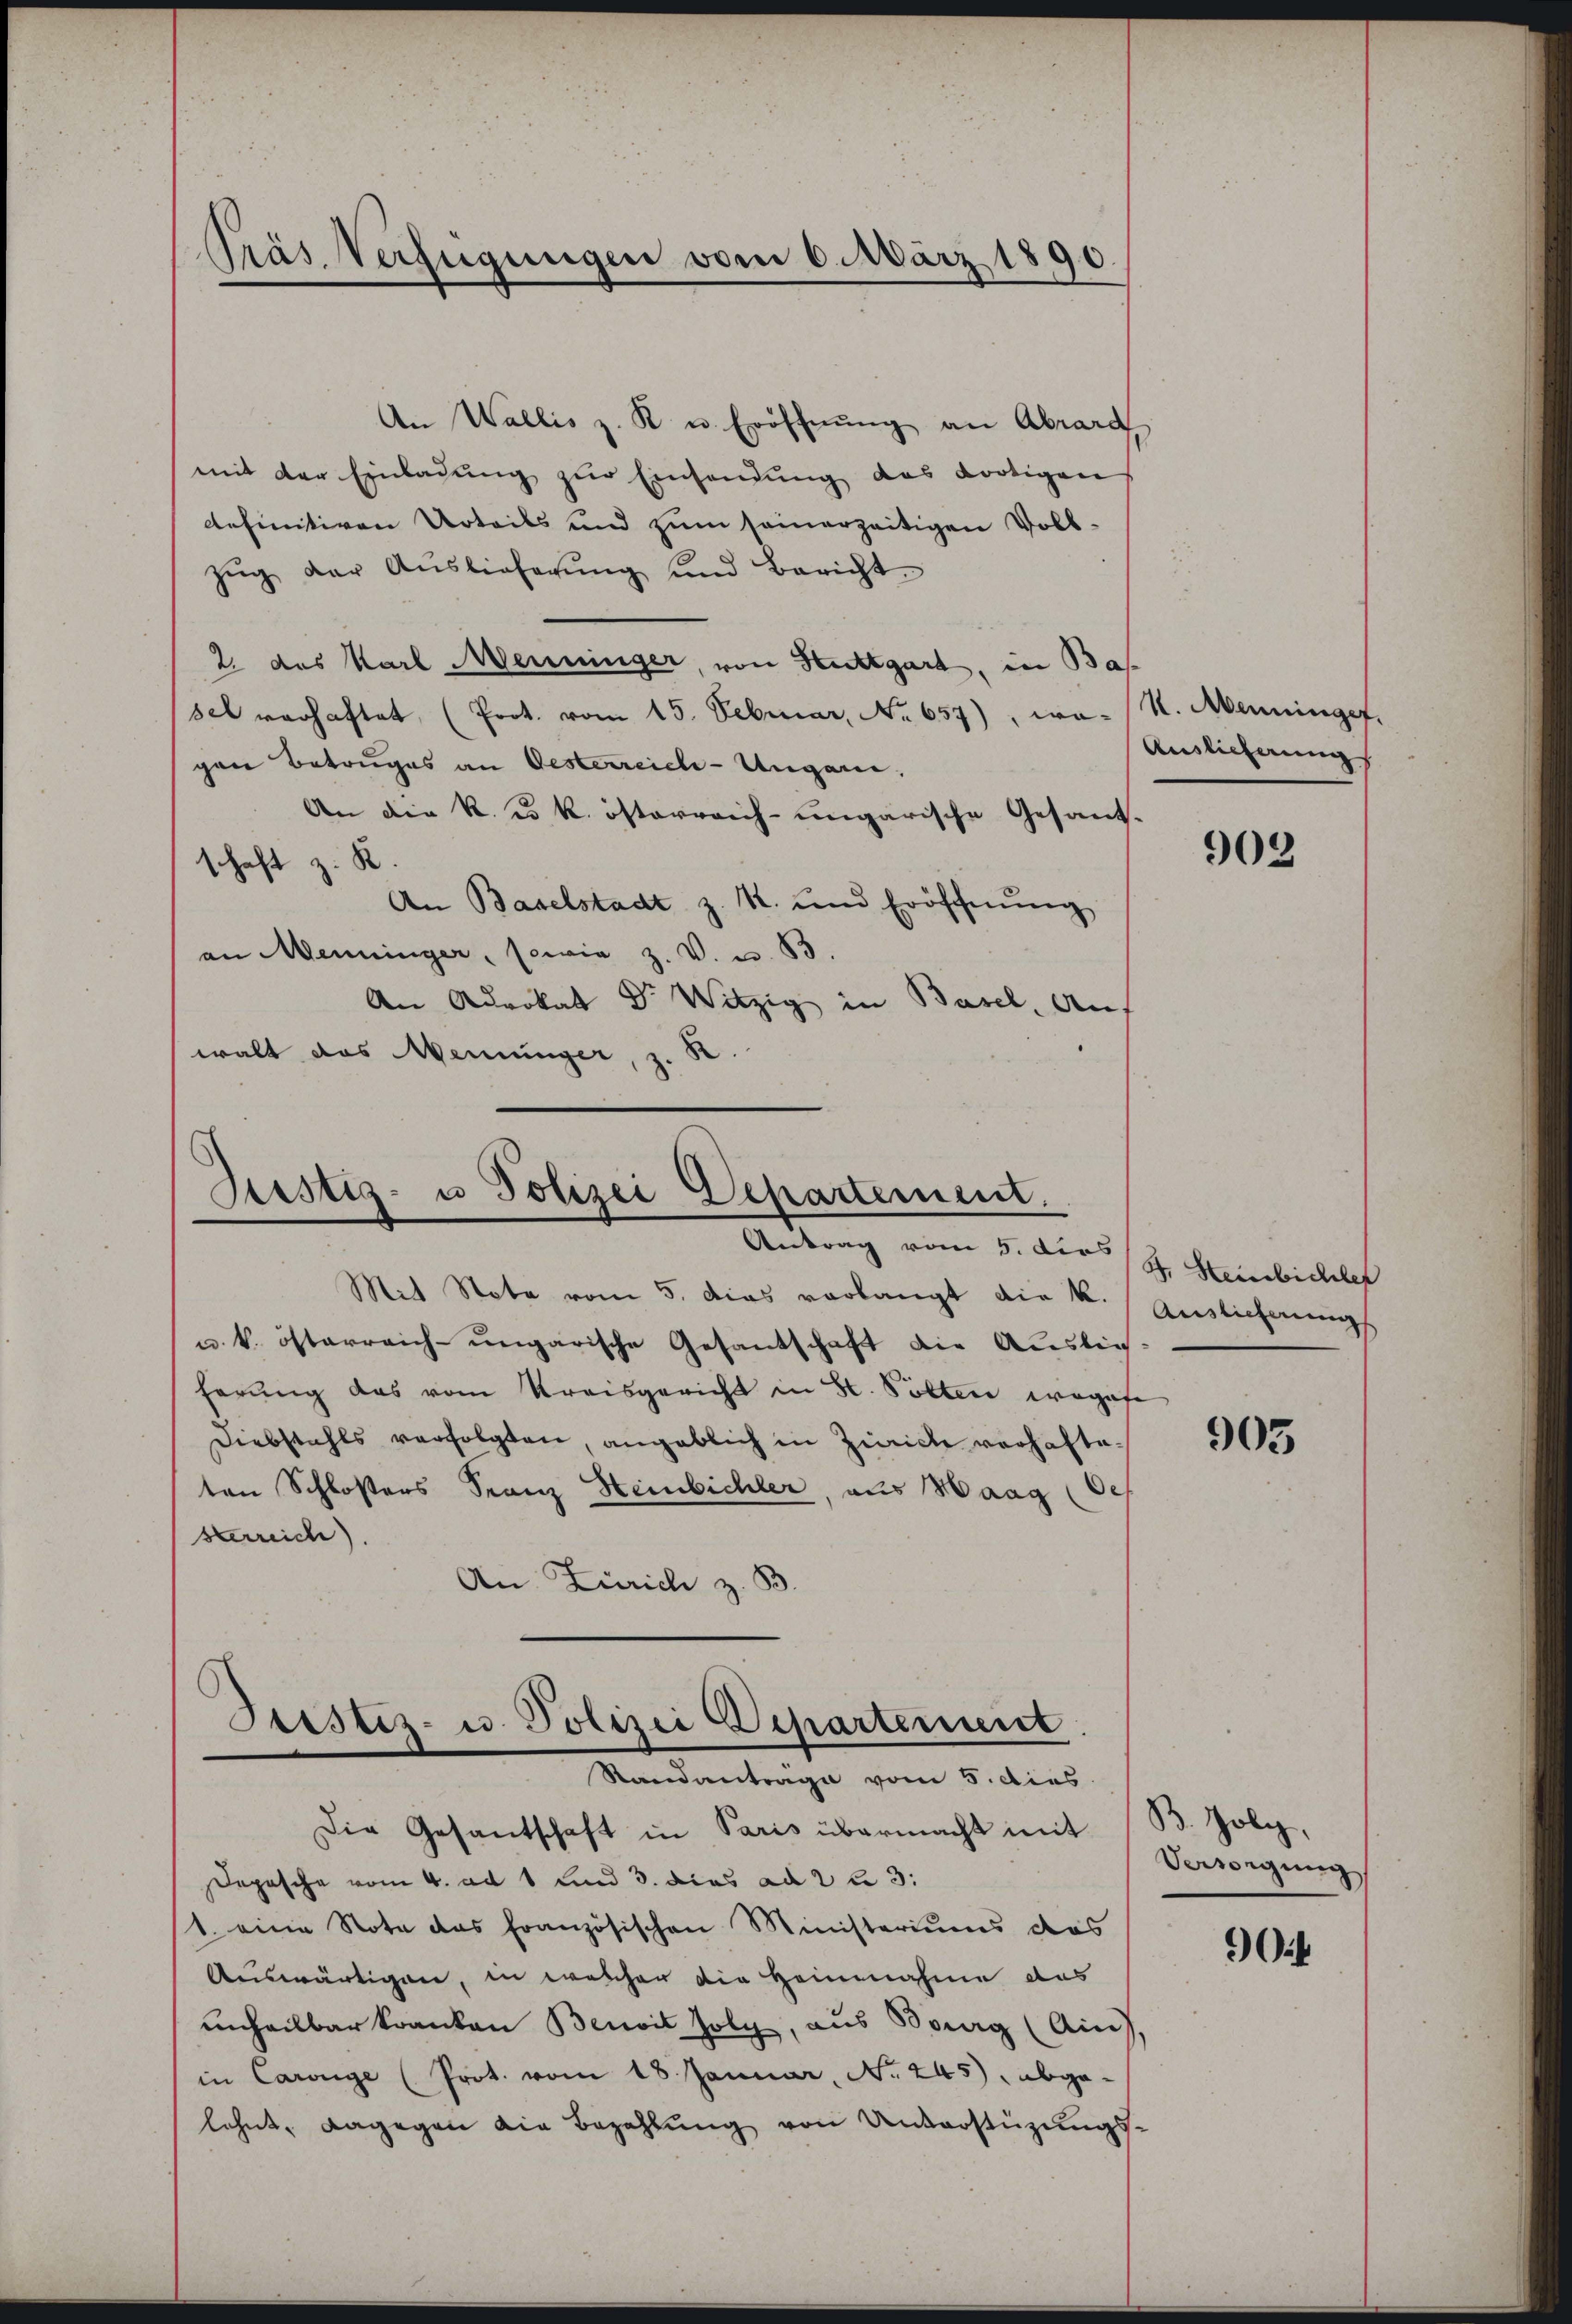
Präs. Verfügungen vom 6. März 1890

An Wallis z. K. u. Eröffnung an Abrard
mit der Einladung zur Einsendung des dortigen
definitiven Urteils und zum seinerzeitigen Vollzŭg der Aŭslieferŭng und Bericht
2. des Karl eininger, von Stuttgart, in Bas
sel verhaftet, (Prot. vom 15. Februar, No. 657), wo- (U. Menningef
gen Betruges an Oesterreich-Ungen,
An die k. u. k. österreich-ungarische Gesand-
schaft z. K
An Baselstadt z. R. und Eröffnŭng
an Menninger, sowie z. V. u. 83.
An Advokat Dr Witzig in Basel, Auf
8
walt das Weinunger, 2.
8

Destig- u Polizei Departement.
Antrag vom 1. dies st. Meinbillst

Mit Stote vom 5. Das vorlangt die K.
u. k. österreich-ungarische Gesandschaft die Auslief
herung das vom Kreisgericht in St. Pölten wegese
Diebstahls verfolgten, angeblich in Zinicke verhafteten Schloßers Franz Heinbichler, aus Haag (O.
sterreich).
An Zürich z. B.

Justiz- u. Polizei Departement
Standanträge vom 5. dies
Die Gesantschaft in Paris übermacht mit B. Joly,

Depesche vom 4. ad 1 und 3. dies ad 2 u 3:
1. eine Note das französischen Ministeriums das
Auswärtigen, in welchen die Heinnahme das
unheilbar kranken Benoit folg, aus Bourg (Ains,
in Carnge (Prot. vom 18. Januar, No. 245), abgelehnt, dagegen die Bezahlŭng von Unterstüzungs-

Auslieferung

903

Auslieferung

905

Verwegung

if